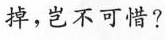
掉，岂不可惜?